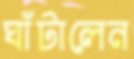
ঘাঁটালেন